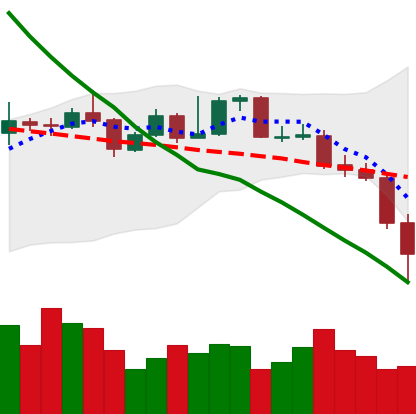
Ticker: XMR-USD
Chart end date: 2019-11-22
Forward return: 9.161%
Label: up_7plus